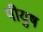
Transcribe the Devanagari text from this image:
पीयुष